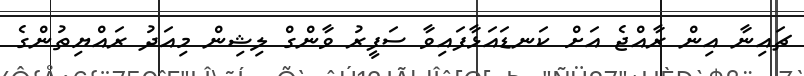
ޗައިނާ އިން ރާއްޖެ އަށް ކަނޑައަޅާފައިވާ ސަފީރު ވާންގް ލިޝިން މިއަދު ރައްޔިތުންގެ